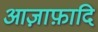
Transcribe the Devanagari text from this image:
आज़ाफ़ादि